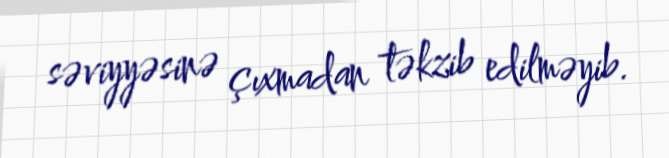
səviyyəsinə çıxmadan təkzib edilməyib.